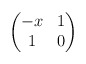
\begin{align*}\begin{pmatrix}-x & 1 \\1 & 0\end{pmatrix}\end{align*}